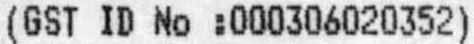
(GST ID NO :000306020352)